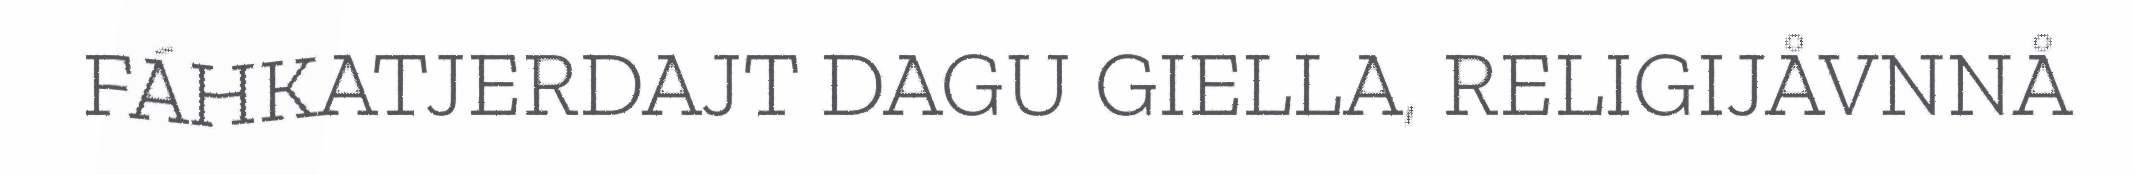
FÁHKATJERDAJT DAGU GIELLA, RELIGIJÅVNNÅ